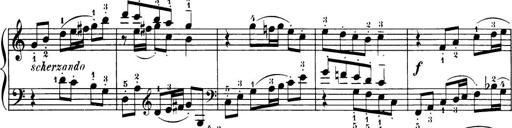
Title: 32 Sonatinas and Rondos for the Piano
Composer: Richard Kleinmichel